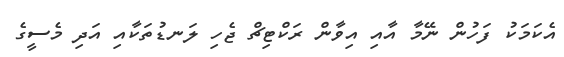
އެކަމަކު ފަހުން ނޭމާ އާއި އިވާން ރަކްޓިޗް ޖެހި ލަނޑުތަކާއި އަދި މެސީގެ